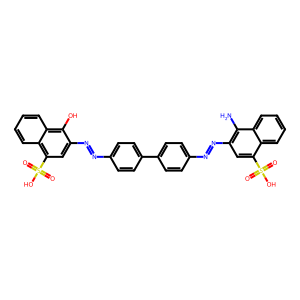
SMILES: Nc1c(N=Nc2ccc(-c3ccc(N=Nc4cc(S(=O)(=O)O)c5ccccc5c4O)cc3)cc2)cc(S(=O)(=O)O)c2ccccc12
Inhibits HIV replication: Yes